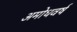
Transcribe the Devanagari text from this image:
अमोधवर्ष